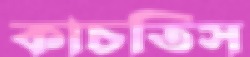
কাচতিস